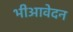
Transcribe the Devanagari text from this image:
भीआवेदन